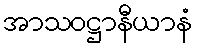
အာသဝဋ္ဌာနီယာနံ